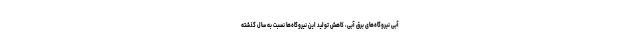
آبی نیروگاه‌های برق آبی، کاهش تولید این نیروگاه‌ها نسبت به سال گذشته